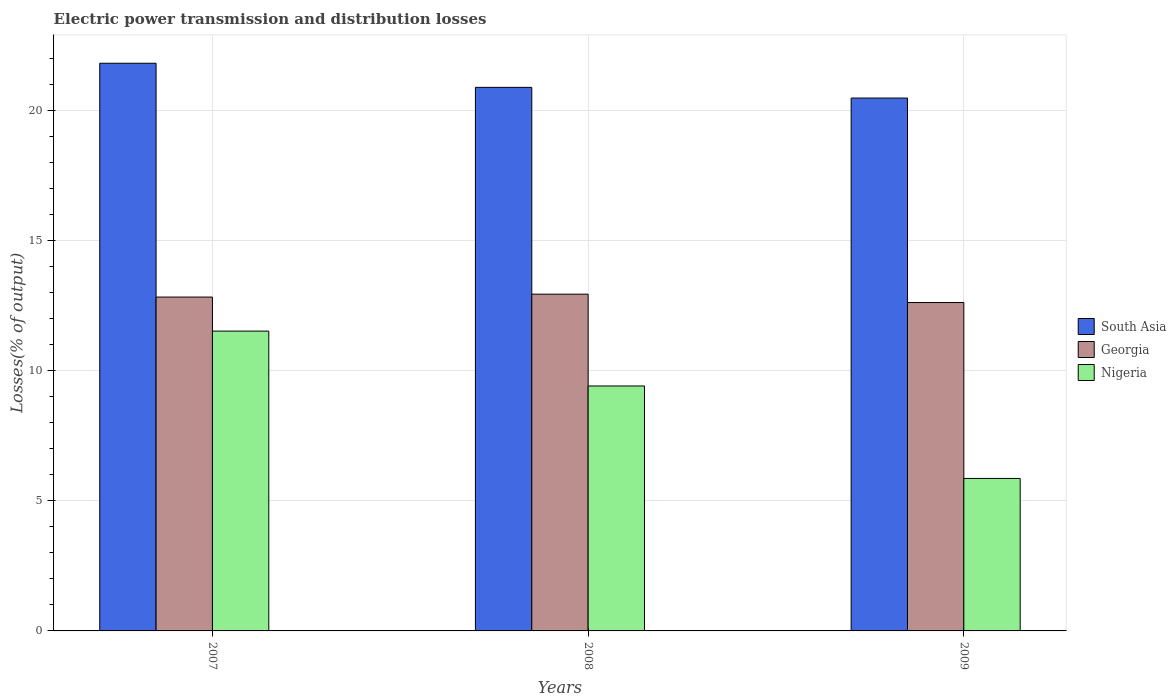
| Years | South Asia | Georgia | Nigeria |
 | --- | --- | --- | --- |
 | 2007 | 21.8 | 12.8 | 11.5 |
 | 2008 | 20.9 | 13 | 9.42 |
 | 2009 | 20.5 | 12.6 | 5.87 |